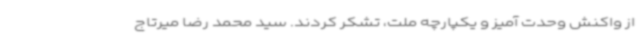
از واکنش وحدت آمیز و یکپارچه ملت، تشکر کردند. سید محمد رضا میرتاج